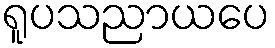
ရူပသညာယပေ